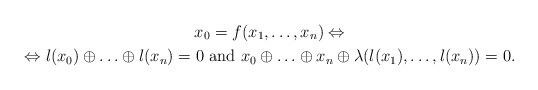
LaTeX: \begin{gather*}x_0 = f(x_1, \ldots, x_n) \Leftrightarrow \\ \Leftrightarrow l(x_0) \oplus \ldots \oplus l(x_n) = 0 \mbox{ and } x_0 \oplus \ldots \oplus x_n \oplus \lambda(l(x_1), \ldots, l(x_n)) = 0.\end{gather*}